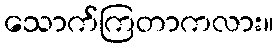
သောက်ကြတာကလား။